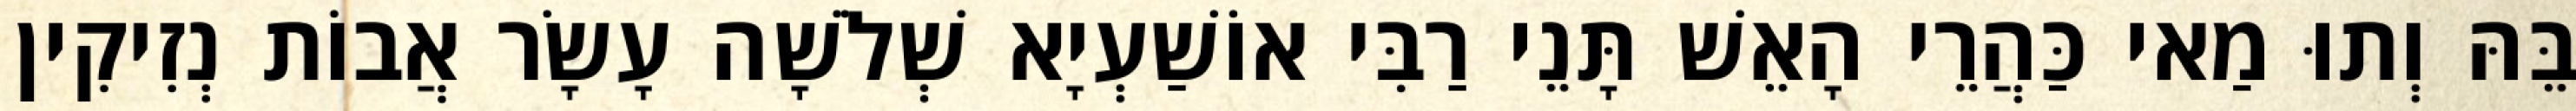
בֵּהּ וְתוּ מַאי כַּהֲרֵי הָאֵשׁ תָּנֵי רַבִּי אוֹשַׁעְיָא שְׁלֹשָׁה עָשָׂר אֲבוֹת נְזִיקִין